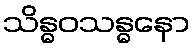
သိန္ဓဝသန္ဓနော